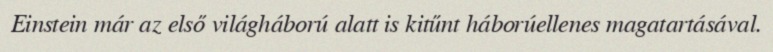
Einstein már az első világháború alatt is kitűnt háborúellenes magatartásával.